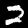
Label: 2